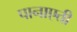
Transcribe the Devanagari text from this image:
पानाएती